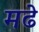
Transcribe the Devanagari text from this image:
मढे